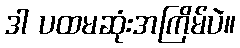
ဒါ ပထမဆုံးအကြိမ်ပဲ။